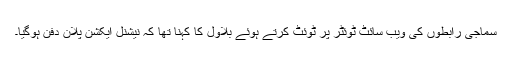
سماجی رابطوں کی ویب سائٹ ٹوئٹر پر ٹوئٹ کرتے ہوئے بلاول کا کہنا تھا کہ نیشنل ایکشن پلان دفن ہوگیا۔